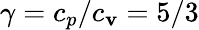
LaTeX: \gamma=c_{p}/c_{\mathbf{v}}=5/3